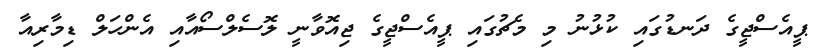
ޕީއެސްޖީގެ ދަނޑުގައި ކުޅުނު މި މެޗުގައި ޕީއެސްޖީގެ ޖިއޮވާނީ ލޮސެލްސޯއާއި އެންހަލް ޑިމާރިއާ